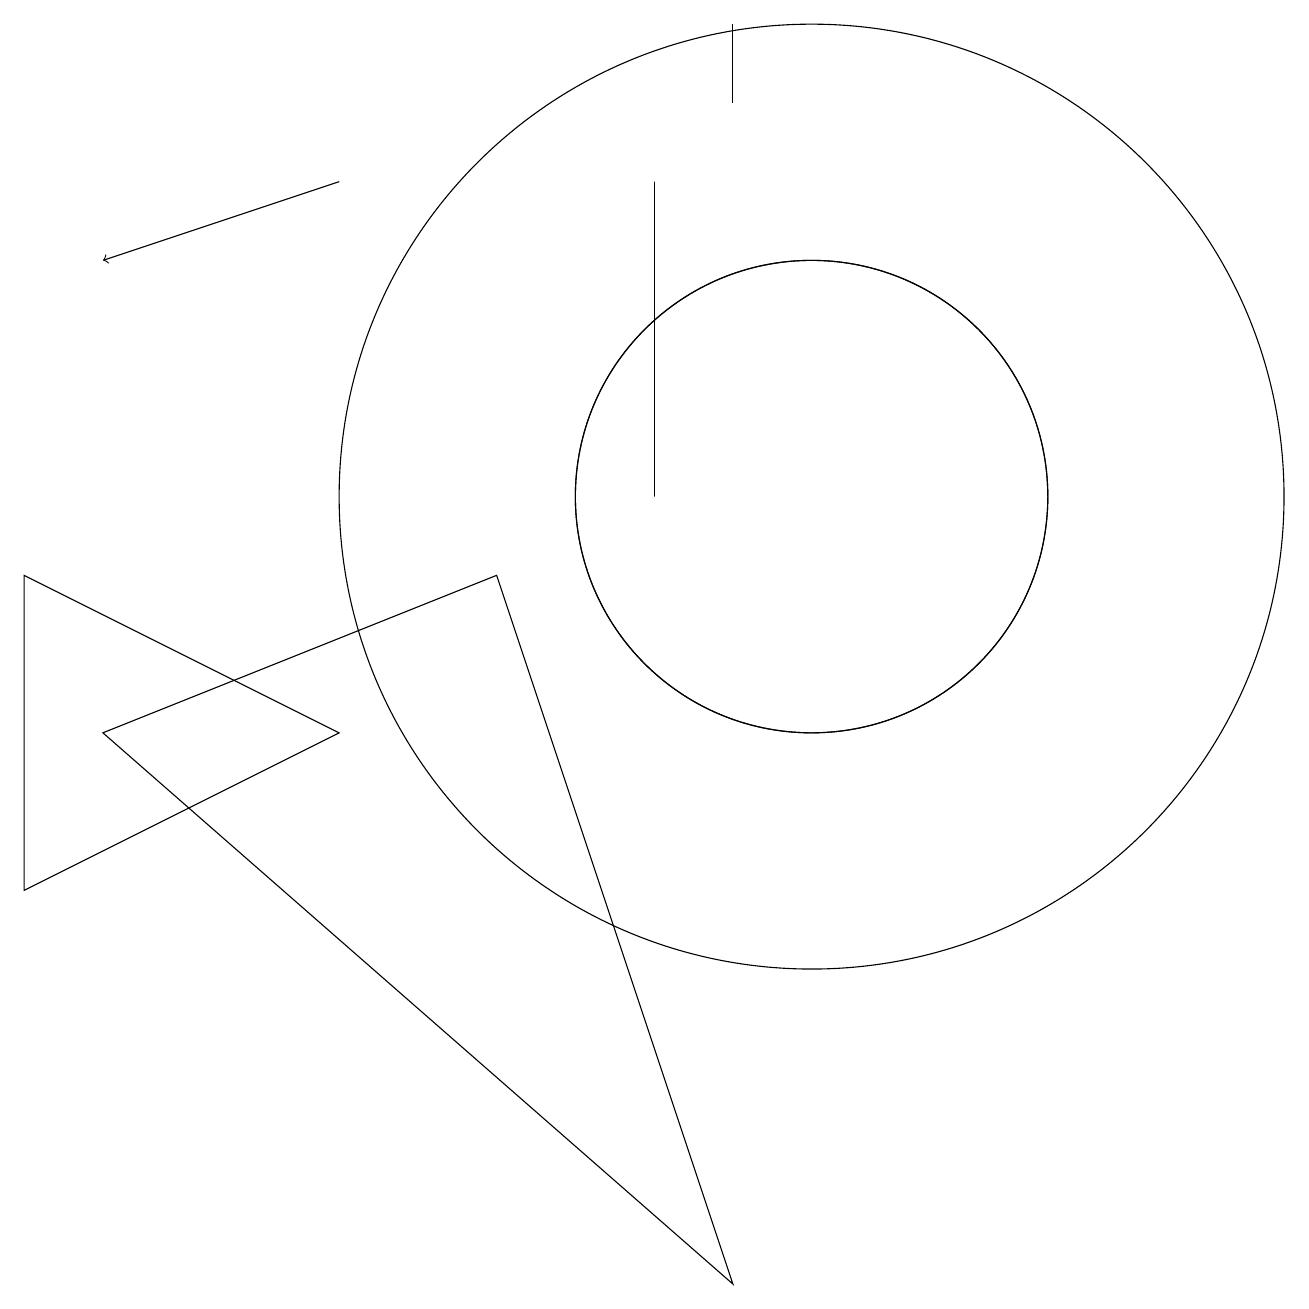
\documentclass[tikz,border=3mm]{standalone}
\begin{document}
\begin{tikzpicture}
\draw (10,10) circle (3);
\draw (8,10) rectangle (8,14);
\draw (10,10) circle (3);
\draw (9,0) -- (1,7) -- (6,9) -- cycle;
\draw (10,10) circle (6);
\draw (4,7) -- (0,9) -- (0,5) -- cycle;
\draw (9,16) rectangle (9,15);
\draw[->] (4,14) -- (1,13);
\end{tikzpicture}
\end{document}